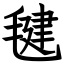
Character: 毽